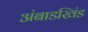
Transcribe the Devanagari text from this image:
अंबाडखिंड